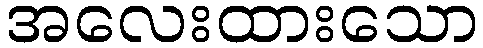
အလေးထားသော